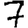
Digit: 7